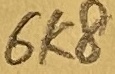
Text: 6K8